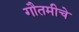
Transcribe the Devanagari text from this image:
गौतमीचे